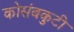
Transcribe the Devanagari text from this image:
कोसंबकुटी